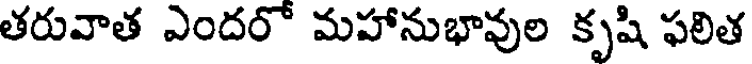
తరువాత ఎందరో మహానుభావుల కృషి ఫలిత